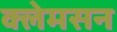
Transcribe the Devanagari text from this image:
क्लेमसन